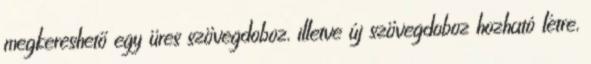
megkereshető egy üres szövegdoboz, illetve új szövegdoboz hozható létre,